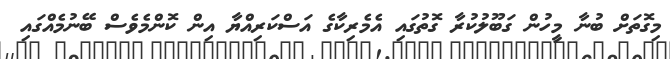
މިގޮތަށް ބުނާ މީހުން ގަބޫލުކުރާ ގޮތުގައި އެމެރިކާގެ އަސްކަރިއްޔާ އިން ކޮންމެވެސް ބޭނުމެއްގައި